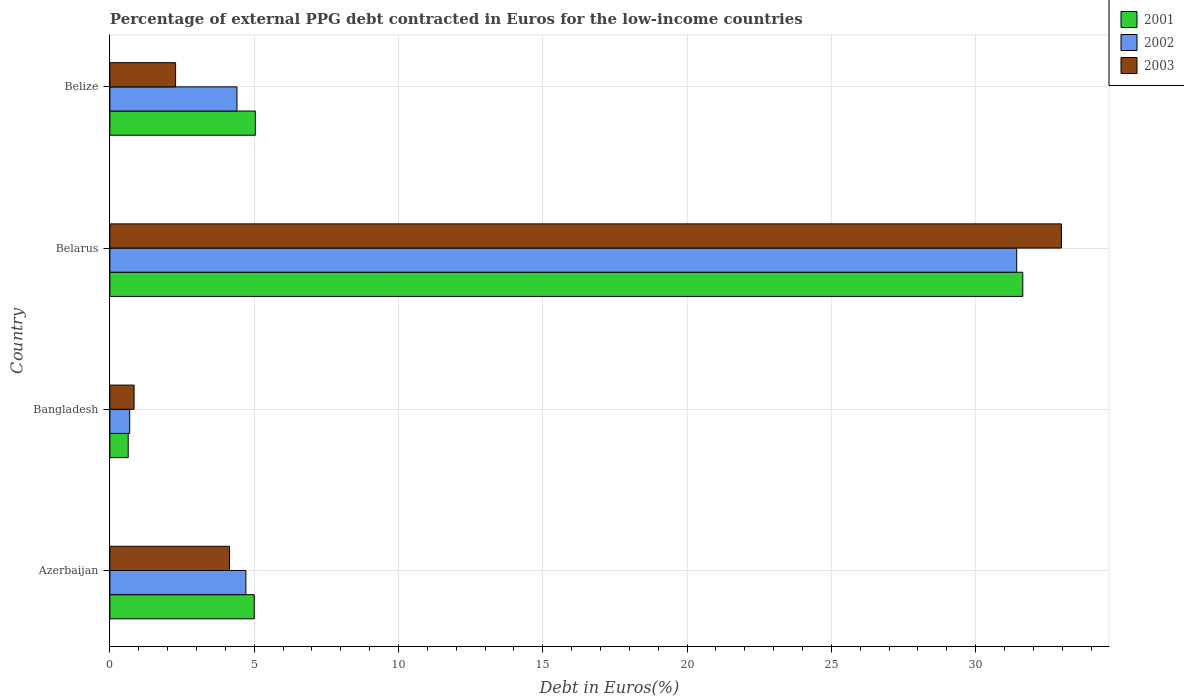
| Country | 2001 | 2002 | 2003 |
 | --- | --- | --- | --- |
 | Azerbaijan | 5 | 4.71 | 4.15 |
 | Bangladesh | 0.635 | 0.685 | 0.838 |
 | Belarus | 31.6 | 31.4 | 33 |
 | Belize | 5.04 | 4.4 | 2.28 |